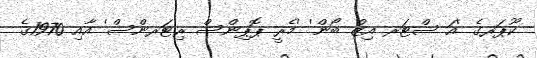
ކޫޕަރގެ 'އަ ސްޓަރ އިޒް ބޯން' 'މެރީ ޕޮޕިންސް ރިޓަރންސް' އާއި 1970ގެ